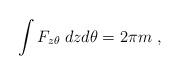
LaTeX: \begin{align*}\int F_{z\theta}\;dzd\theta =2\pi m\ ,\end{align*}